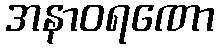
အနာဝရဏော